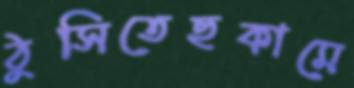
ঠুসিতেছকামে